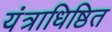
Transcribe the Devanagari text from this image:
यंत्राधिष्ठित